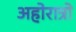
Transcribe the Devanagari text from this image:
अहोरात्रो